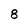
Character: 8